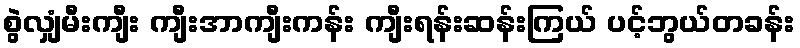
စွဲလျှံမီးကျီး ကျီးအာကျီးကန်း ကျီးရန်းဆန်းကြယ် ပင့်ဘွယ်တခန်း